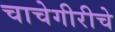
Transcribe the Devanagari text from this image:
चाचेगीरीचे